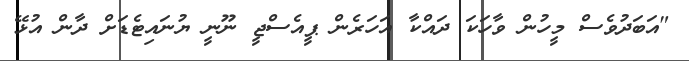
"އަބަދުވެސް މީހުން ވާހަކަ ދައްކާ އަހަރެން ޕީއެސްޖީ ނޫނީ ޔުނައިޓެޑަށް ދާން އުޅޭ